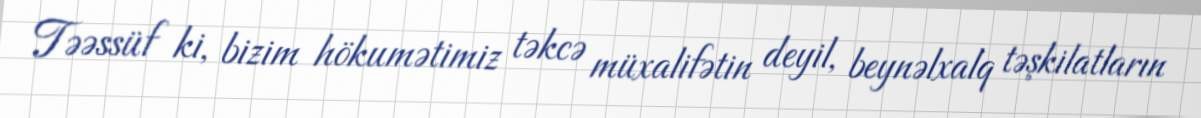
Təəssüf ki, bizim hökumətimiz təkcə müxalifətin deyil, beynəlxalq təşkilatların